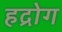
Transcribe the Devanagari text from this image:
हद्रोग